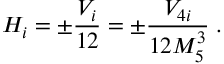
H _ { i } = \pm \frac { V _ { i } } { 1 2 } = \pm \frac { V _ { 4 i } } { 1 2 M _ { 5 } ^ { 3 } } \; .